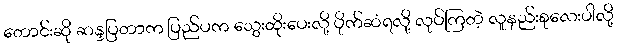
တောင်းဆို ဆန္ဒပြတာက ပြည်ပက သွေးထိုးပေးလို့ ပိုက်ဆံရလို့ လုပ်ကြတဲ့ လူနည်းစုလေးပါလို့